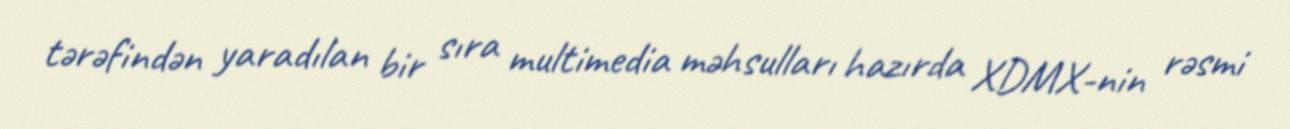
tərəfindən yaradılan bir sıra multimedia məhsulları hazırda XDMX-nin rəsmi